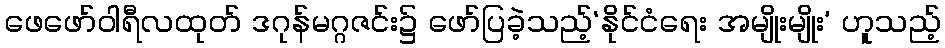
ဖေဖော်ဝါရီလထုတ် ဒဂုန်မဂ္ဂဇင်း၌ ဖော်ပြခဲ့သည့်‘နိုင်ငံရေး အမျိုးမျိုး’ ဟူသည့်